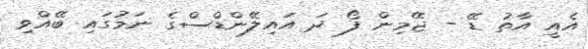
އެއީ އާތު ޑޭ - ޖޭމިން ފޯ ދަ އައިލޭންޑްސްގެ ނަމުގައި ބޭއްވި